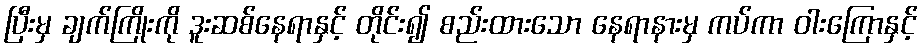
ပြီးမှ ချက်ကြိုးကို ဒူးဆစ်နေရာနှင့် တိုင်း၍ စည်းထားသော နေရာနားမှ ကပ်ကာ ဝါးကြောနှင့်